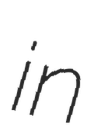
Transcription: in